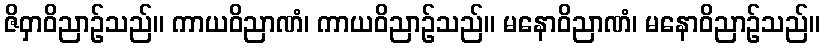
ဇိဝှာဝိညာဉ်သည်။ ကာယဝိညာဏံ၊ ကာယဝိညာဉ်သည်။ မနောဝိညာဏံ၊ မနောဝိညာဉ်သည်။